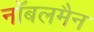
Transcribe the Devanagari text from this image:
नॉबलमैन